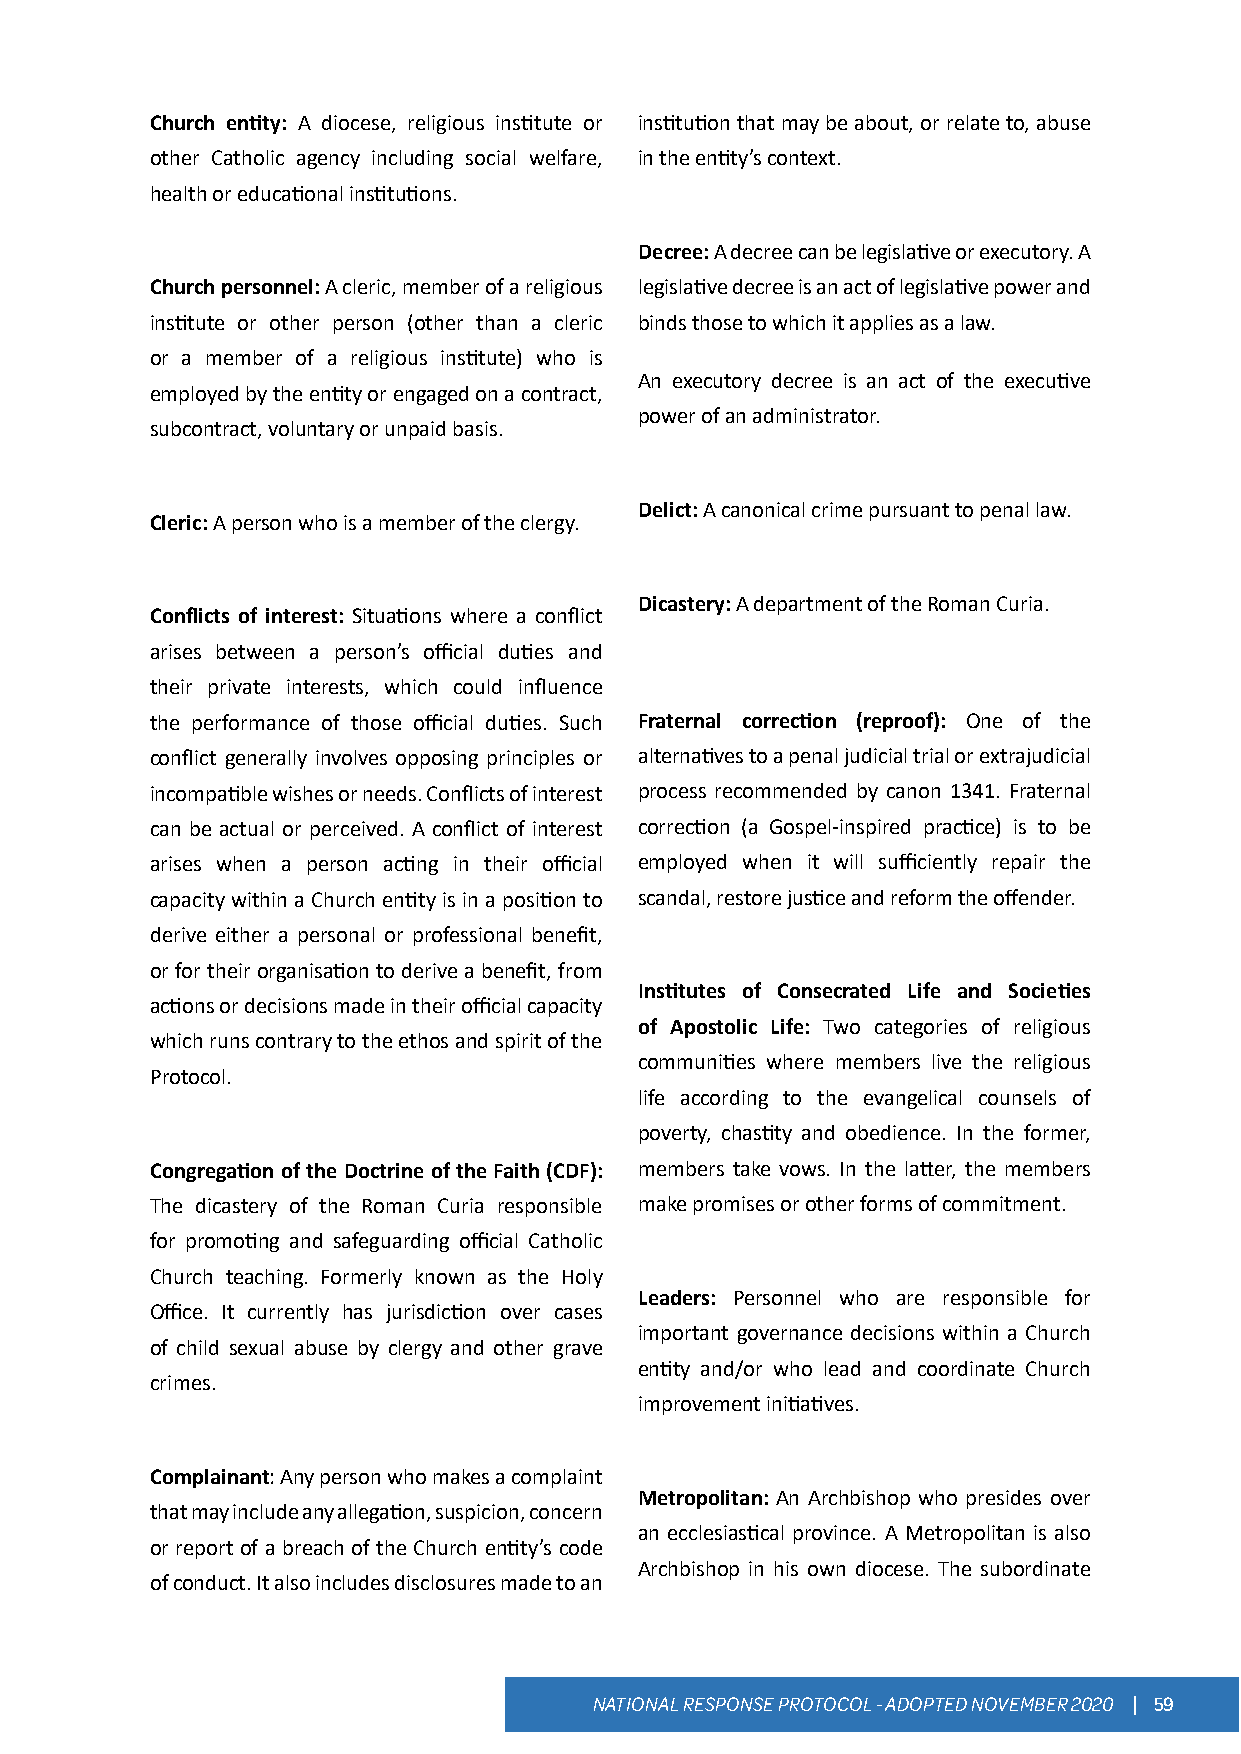
Church entity: A diocese, religious institute or institution that may be about, or relate to, abuse
 other Catholic agency including social welfare, in the entity’s context.
 health or educational institutions.
 Decree: A decree can be legislative or executory. A
 Church personnel: A cleric, member of a religious legislative decree is an act of legislative power and
 institute or other person (other than a cleric binds those to which it applies as a law.
 or a member of a religious institute) who is
 An executory decree is an act of the executive
 employed by the entity or engaged on a contract,
 power of an administrator.
 subcontract, voluntary or unpaid basis.
 Delict: A canonical crime pursuant to penal law.
 Cleric: A person who is a member of the clergy.
 Dicastery: A department of the Roman Curia.
 Conflicts of interest: Situations where a conflict
 arises between a person’s official duties and
 their private interests, which could influence
 the performance of those official duties. Such Fraternal correction (reproof): One of the
 conflict generally involves opposing principles or alternatives to a penal judicial trial or extrajudicial
 incompatible wishes or needs. Conflicts of interest process recommended by canon 1341. Fraternal
 can be actual or perceived. A conflict of interest correction (a Gospel-inspired practice) is to be
 arises when a person acting in their official employed when it will sufficiently repair the
 capacity within a Church entity is in a position to scandal, restore justice and reform the offender.
 derive either a personal or professional benefit,
 or for their organisation to derive a benefit, from
 Institutes of Consecrated Life and Societies
 actions or decisions made in their official capacity
 of Apostolic Life: Two categories of religious
 which runs contrary to the ethos and spirit of the
 communities where members live the religious
 Protocol.
 life according to the evangelical counsels of
 poverty, chastity and obedience. In the former,
 Congregation of the Doctrine of the Faith (CDF): members take vows. In the latter, the members
 The dicastery of the Roman Curia responsible make promises or other forms of commitment.
 for promoting and safeguarding official Catholic
 Church teaching. Formerly known as the Holy
 Leaders: Personnel who are responsible for
 Office. It currently has jurisdiction over cases
 important governance decisions within a Church
 of child sexual abuse by clergy and other grave
 entity and/or who lead and coordinate Church
 crimes.
 improvement initiatives.
 Complainant: Any person who makes a complaint
 Metropolitan: An Archbishop who presides over
 that may include any allegation, suspicion, concern
 an ecclesiastical province. A Metropolitan is also
 or report of a breach of the Church entity’s code
 Archbishop in his own diocese. The subordinate
 of conduct. It also includes disclosures made to an
 NATIONAL RESPONSE PROTOCOL - ADOPTED NOVEMBER 2020 | 59